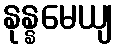
နုန္နမေယျ